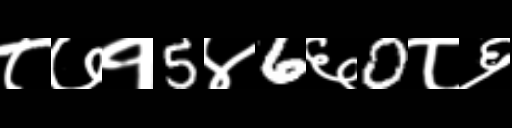
Text: ८७१5४6६0८६